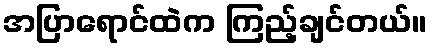
အပြာရောင်ထဲက ကြည့်ချင်တယ်။